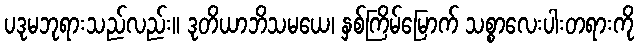
ပဒုမဘုရားသည်လည်း။ ဒုတိယာဘိသမယေ၊ နှစ်ကြိမ်မြောက် သစ္စာလေးပါးတရားကို